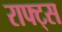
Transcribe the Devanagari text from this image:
राफ्ट्स